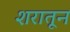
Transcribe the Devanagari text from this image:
शरातून